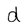
Character: d